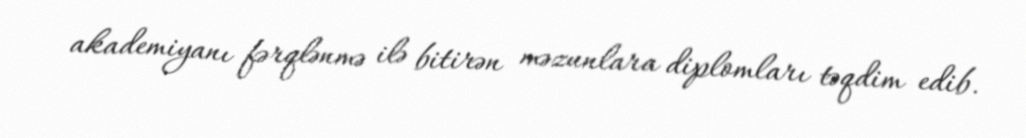
akademiyanı fərqlənmə ilə bitirən məzunlara diplomları təqdim edib.